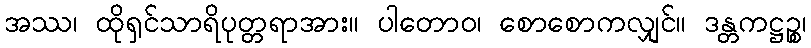
အဿ၊ ထိုရှင်သာရိပုတ္တရာအား။ ပါတောဝ၊ စောစောကလျှင်။ ဒန္တကဋ္ဌဉ္စ၊